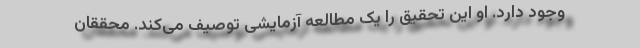
وجود دارد. او این تحقیق را یک مطالعه آزمایشی توصیف می‌کند. محققان